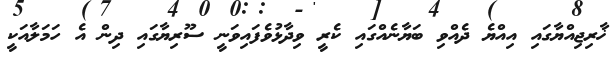
ޚާރިޖިއްޔާގައި އިއްޔެ ދެއްވި ބަޔާނެއްގައި ކެރީ ވިދާޅުވެފައިވަނީ ސޫރިޔާގައި ދިން އެ ހަމަލާއަކީ